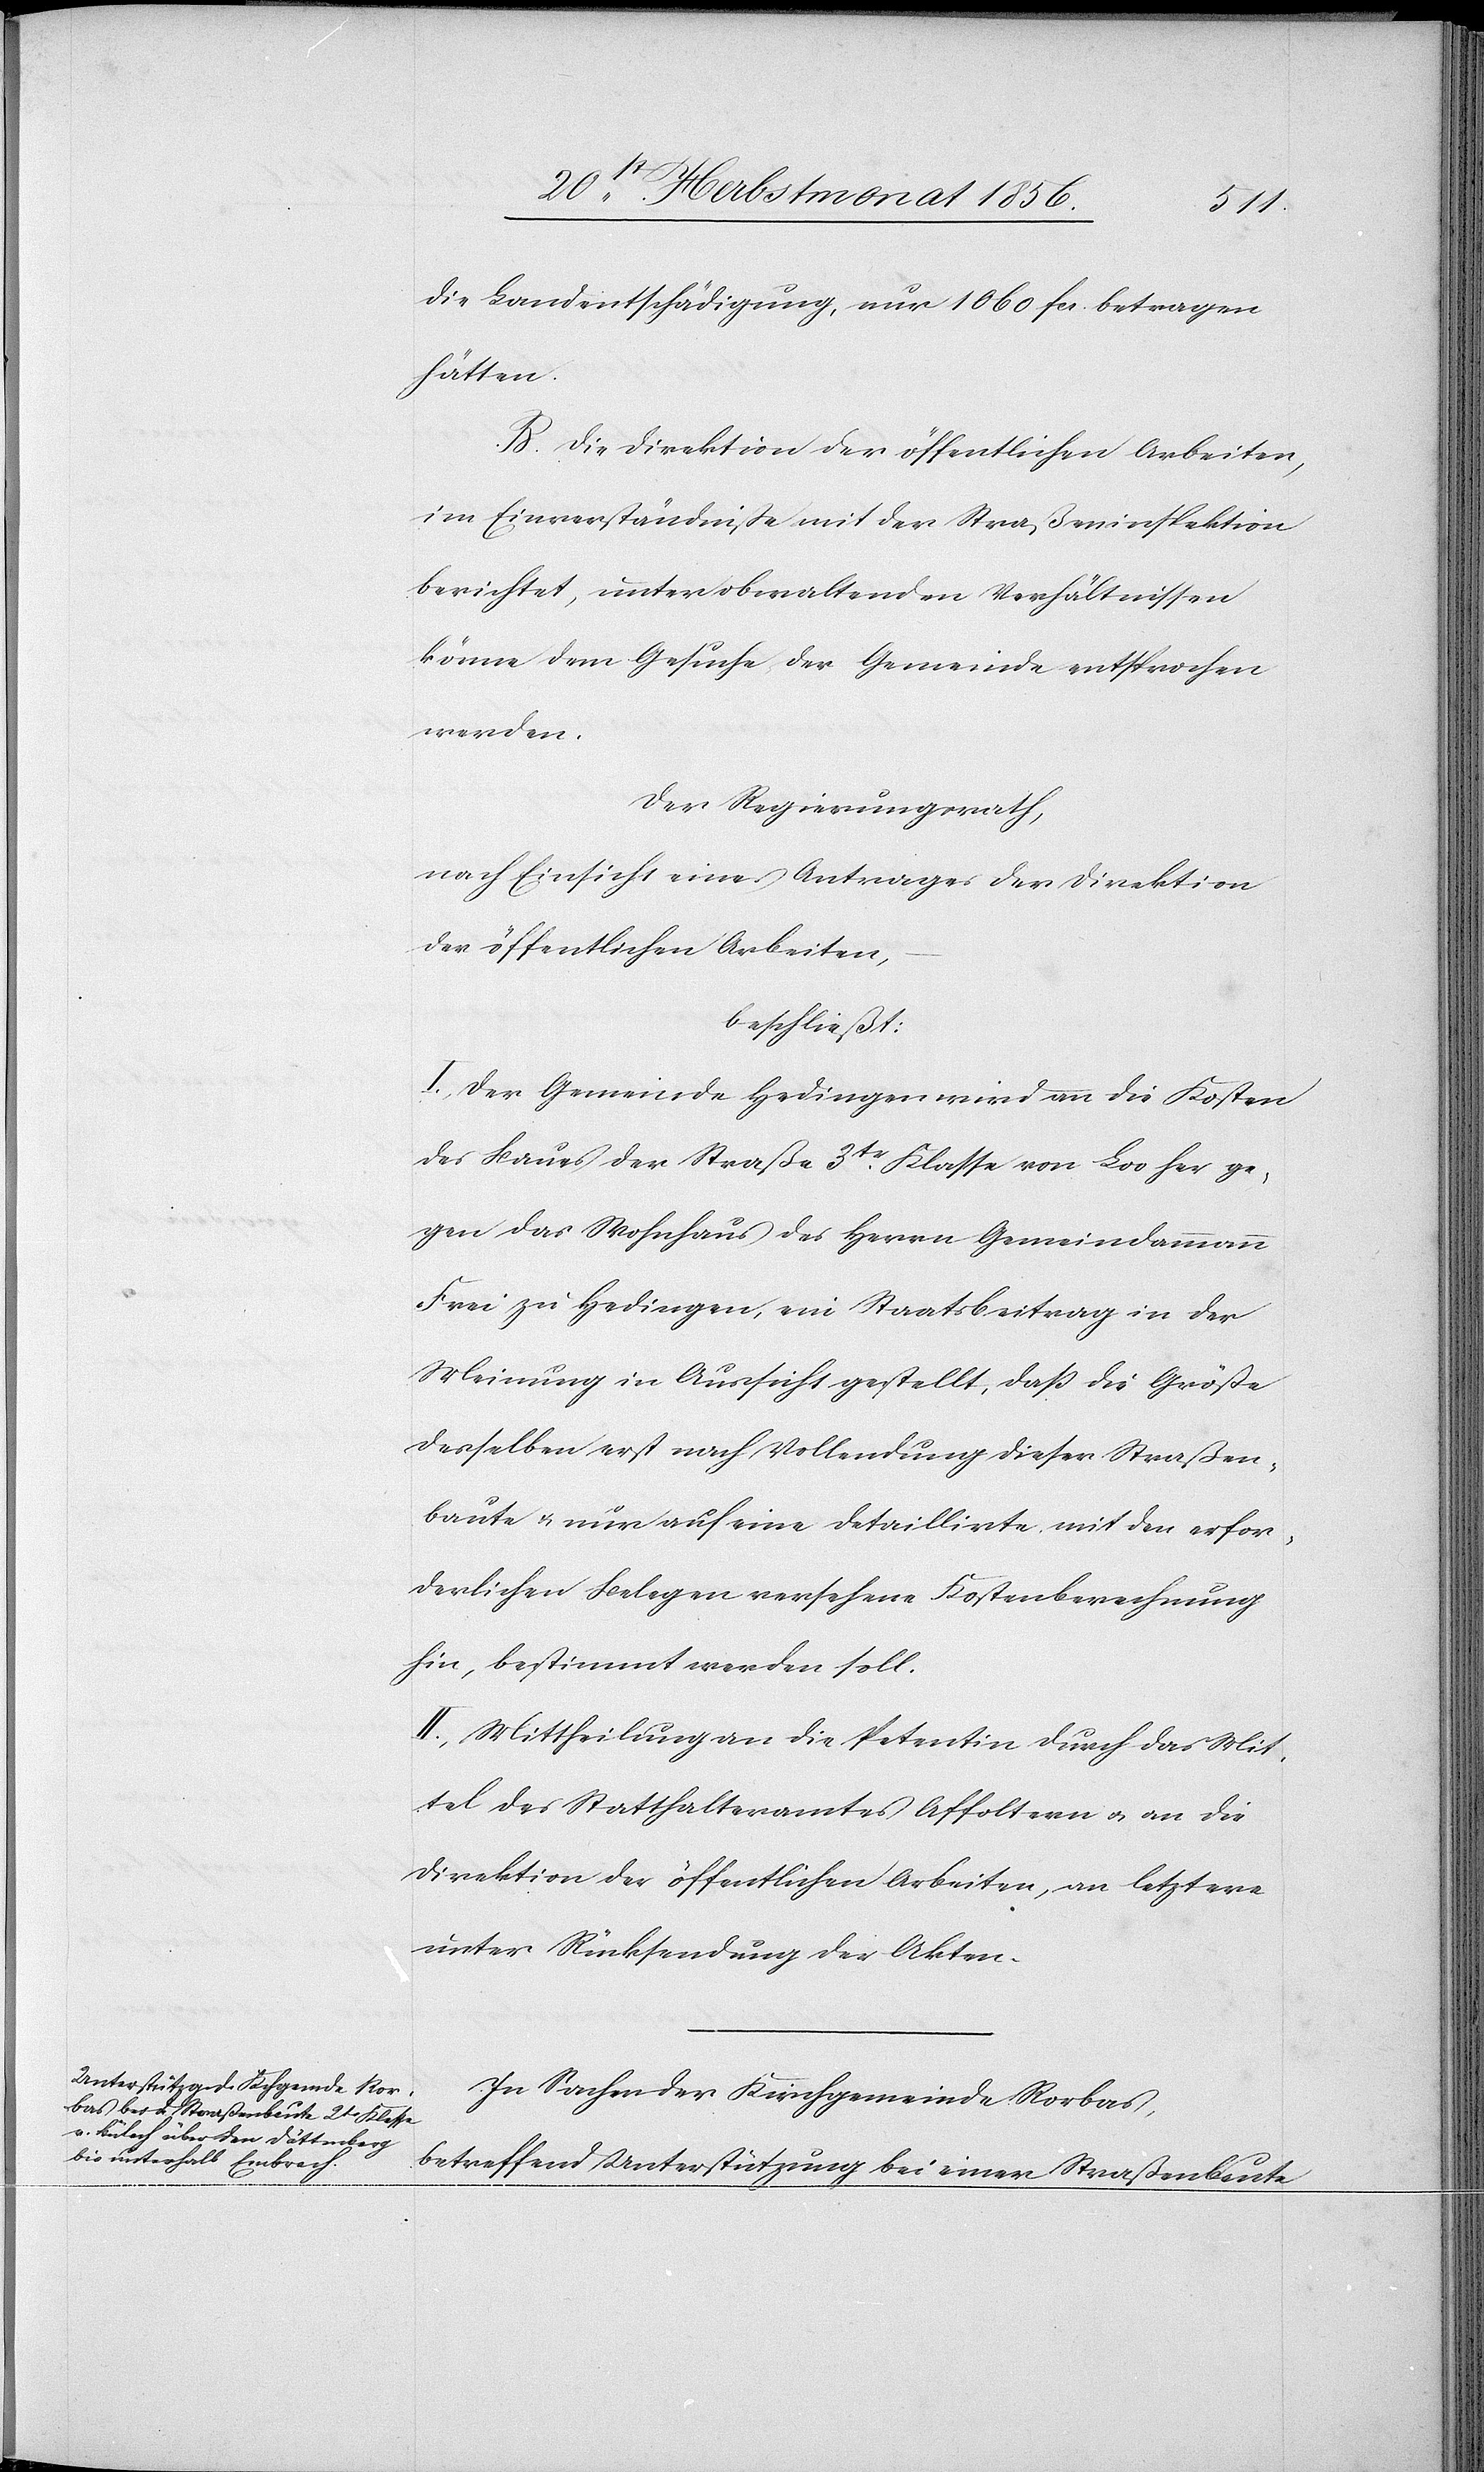
die Landentschädigung, nur 1060 fcs. betragen
hätten.
B. Die Direktion der öffentlichen Arbeiten,
im Einverständniße mit der Straßeninspektion
berichtet, unter obwaltenden Verhältnissen
könne dem Gesuche der Gemeinde entsprochen
werden.
Der Regierungsrath,
nach Einsicht eines Antrages der Direktion
der öffentlichen Arbeiten,
beschließt:
I.) Der Gemeinde Hedingen wird an die Kosten
des Baues der Straße 3tr Klasse von Loo her ge¬
gen das Wohnhaus des Herrn Gemeindammann
Frei zu Hedingen, ein Staatsbeitrag in der
Meinung in Aussicht gestellt, dass die Größe
desselben erst nach Vollendung dieser Straßen¬
baute u. nur auf eine detaillirte mit den erfor¬
derlichen Belegen versehene Kostenberechnung
hin, bestimmt werden soll.
II.) Mittheilung an die Petentin durch das Mit¬
tel des Statthalteramtes Affoltern u. an die
Direktion der öffentlichen Arbeiten, an letztere
unter Rücksendung der Akten.
In Sachen der Kirchgemeinde Rorbas,
betreffen Unterstützung bei einer Straßenbaute